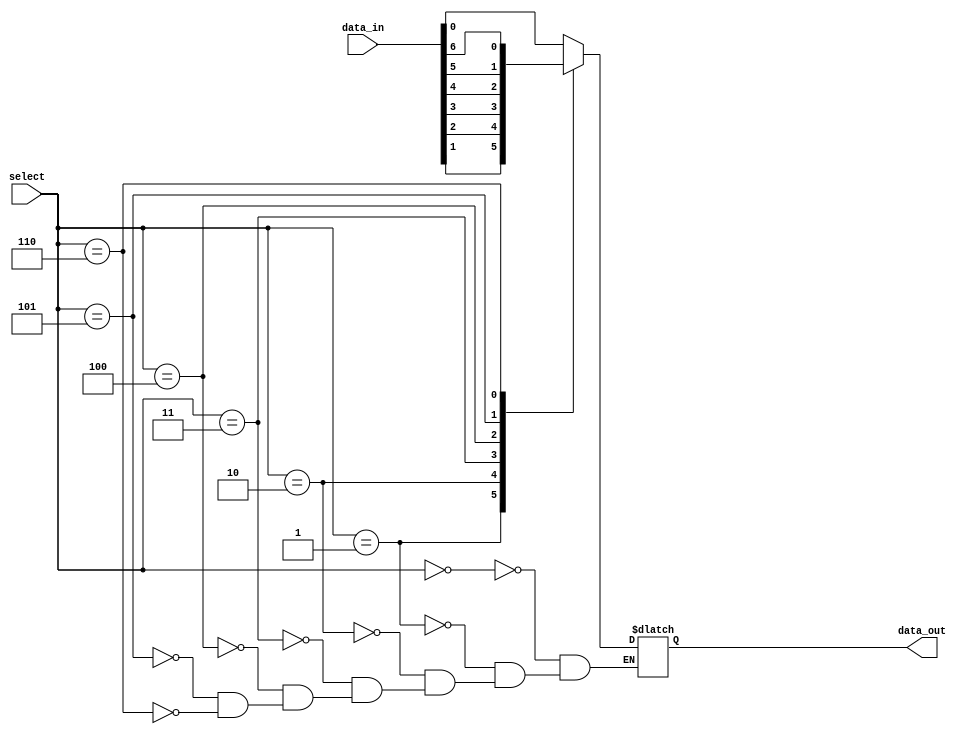
module multiplexer_128to1 (
    input [127:0] data_in,
    input [6:0] select,
    output reg data_out
);

always @(*) begin
    case(select)
        7'b0000000: data_out = data_in[0];
        7'b0000001: data_out = data_in[1];
        7'b0000010: data_out = data_in[2];
        7'b0000011: data_out = data_in[3];
        7'b0000100: data_out = data_in[4];
        7'b0000101: data_out = data_in[5];
        7'b0000110: data_out = data_in[6];
        // Add more cases for remaining 121 inputs
    endcase
end

endmodule